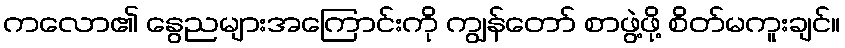
ကလော၏ နွေညများအကြောင်းကို ကျွန်တော် စာဖွဲ့ဖို့ စိတ်မကူးချင်။